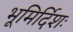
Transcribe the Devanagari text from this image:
भूमिर्दिशः